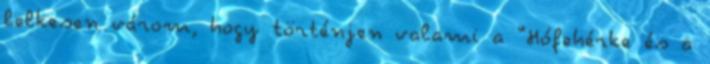
lelkesen várom, hogy történjen valami a “Hófehérke és a